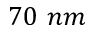
7 0 \ n m